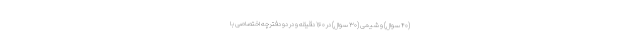
(۴۰ سوال) و شیمی (۳۰ سوال) در ۱۶۰ دقیقه و در دو دفترچه اختصاصی با